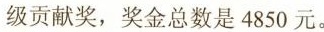
级贡献奖，奖金总数是4850元。